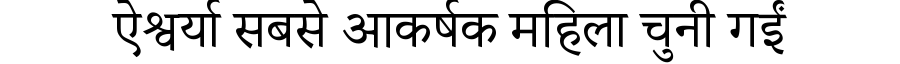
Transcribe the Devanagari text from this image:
ऐश्वर्या सबसे आकर्षक महिला चुनी गईं